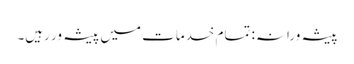
پیشہ ورانہ: تمام خدمات میں پیشہ ور رہیں۔